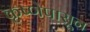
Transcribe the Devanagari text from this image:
कृष्णेपासून